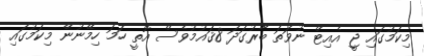
މިކަމުގައި ޖީ އެއިޓް ނުވަތަ ބާރުގަދަ 8ޤައުމުވެސް އޮތީ ހަމަ ހިމޭނުން މިކަމުގައި